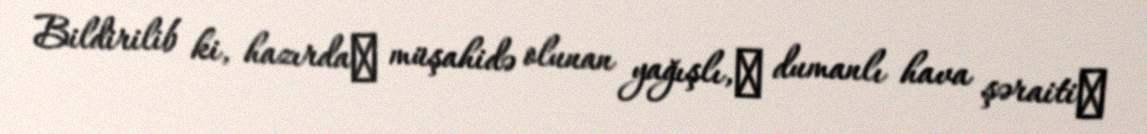
Bildirilib ki, hazırda​ müşahidə olunan yağışlı,​ dumanlı hava şəraiti​